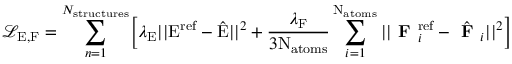
\mathcal { L } _ { \mathrm { E , F } } = \sum _ { n = 1 } ^ { N _ { \mathrm { s t r u c t u r e s } } } \biggl [ \lambda _ { \mathrm { E } } | | \mathrm { E } ^ { \mathrm { r e f } } - \hat { \mathrm { E } } | | ^ { 2 } + \frac { \lambda _ { \mathrm { F } } } { 3 \mathrm { N } _ { \mathrm { a t o m s } } } \sum _ { i = 1 } ^ { \mathrm { N } _ { \mathrm { a t o m s } } } | | \textbf { F } _ { i } ^ { \mathrm { r e f } } - \hat { \textbf { F } } _ { i } | | ^ { 2 } \biggr ]